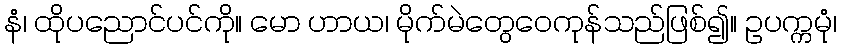
နံ၊ ထိုပညောင်ပင်ကို။ မော ဟာယ၊ မိုက်မဲတွေဝေကုန်သည်ဖြစ်၍။ ဥပက္ကမုံ၊